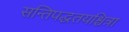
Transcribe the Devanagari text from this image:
सन्तिपद्धतयश्चित्रा